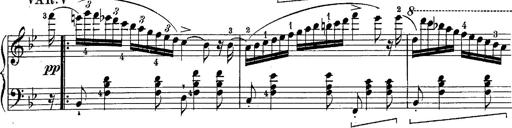
Title: Schubert's Impromptus [revised and edited by Franz Liszt]
Composer: Franz Liszt